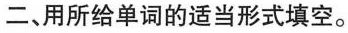
二、用所给单词的适当形式填空。